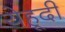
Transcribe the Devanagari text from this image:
येहूदी